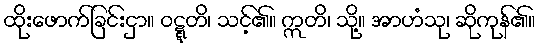
ထိုးဖောက်ခြင်းငှာ။ ဝဋ္ဋတိ၊ သင့်၏။ ဣတိ၊ သို့။ အာဟံသု၊ ဆိုကုန်၏။